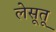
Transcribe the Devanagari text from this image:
लेसूतू